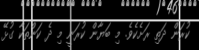
ކުރަން ދަތި ރަށެކެވެ. މި ބަޔާން ކުރަނީ މި ދެ ކަންތަކާ ގުޅޭ